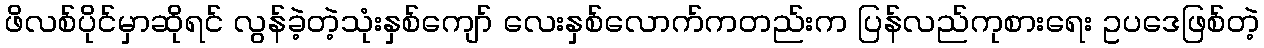
ဖိလစ်ပိုင်မှာဆိုရင် လွန်ခဲ့တဲ့သုံးနှစ်ကျော် လေးနှစ်လောက်ကတည်းက ပြန်လည်ကုစားရေး ဥပဒေဖြစ်တဲ့